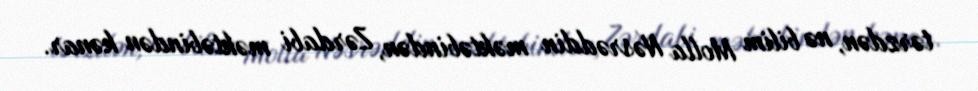
tərzdən, nə bilim Molla Nəsrəddin məktəbindən, Zərdabi məktəbindən kənar.